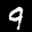
Label: 9